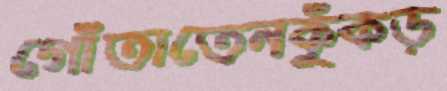
গোঁতাতেনকুঁকড়